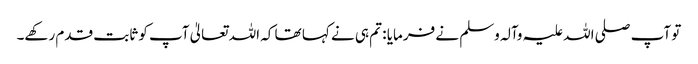
تو آپ صلی اللہ علیہ وآلہ وسلم نے فرمایا : تم ہی نے کہا تھا کہ اللہ تعالیٰ آپ کو ثابت قدم رکھے۔